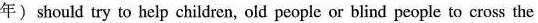
年) should try to help children, old people or blind people to cross the